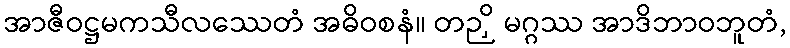
အာဇီဝဋ္ဌမကသီလဿေတံ အဓိဝစနံ။ တဉှိ မဂ္ဂဿ အာဒိဘာဝဘူတံ,